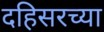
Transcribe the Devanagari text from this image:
दहिसरच्या